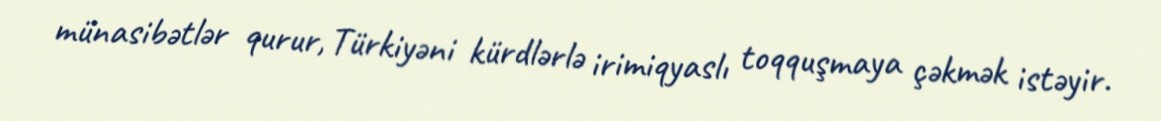
münasibətlər qurur, Türkiyəni kürdlərlə irimiqyaslı toqquşmaya çəkmək istəyir.